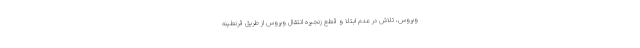
ویروس، تلاش در عدم ابتلا و قطع زنجیرهٔ انتقال ویروس از طریق قرنطینهٔ